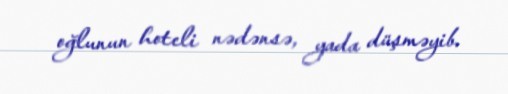
oğlunun hoteli nədənsə, yada düşməyib.